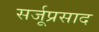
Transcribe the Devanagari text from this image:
सर्जूप्रसाद